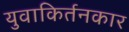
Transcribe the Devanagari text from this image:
युवाकिर्तनकार